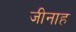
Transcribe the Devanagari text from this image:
जीनाह